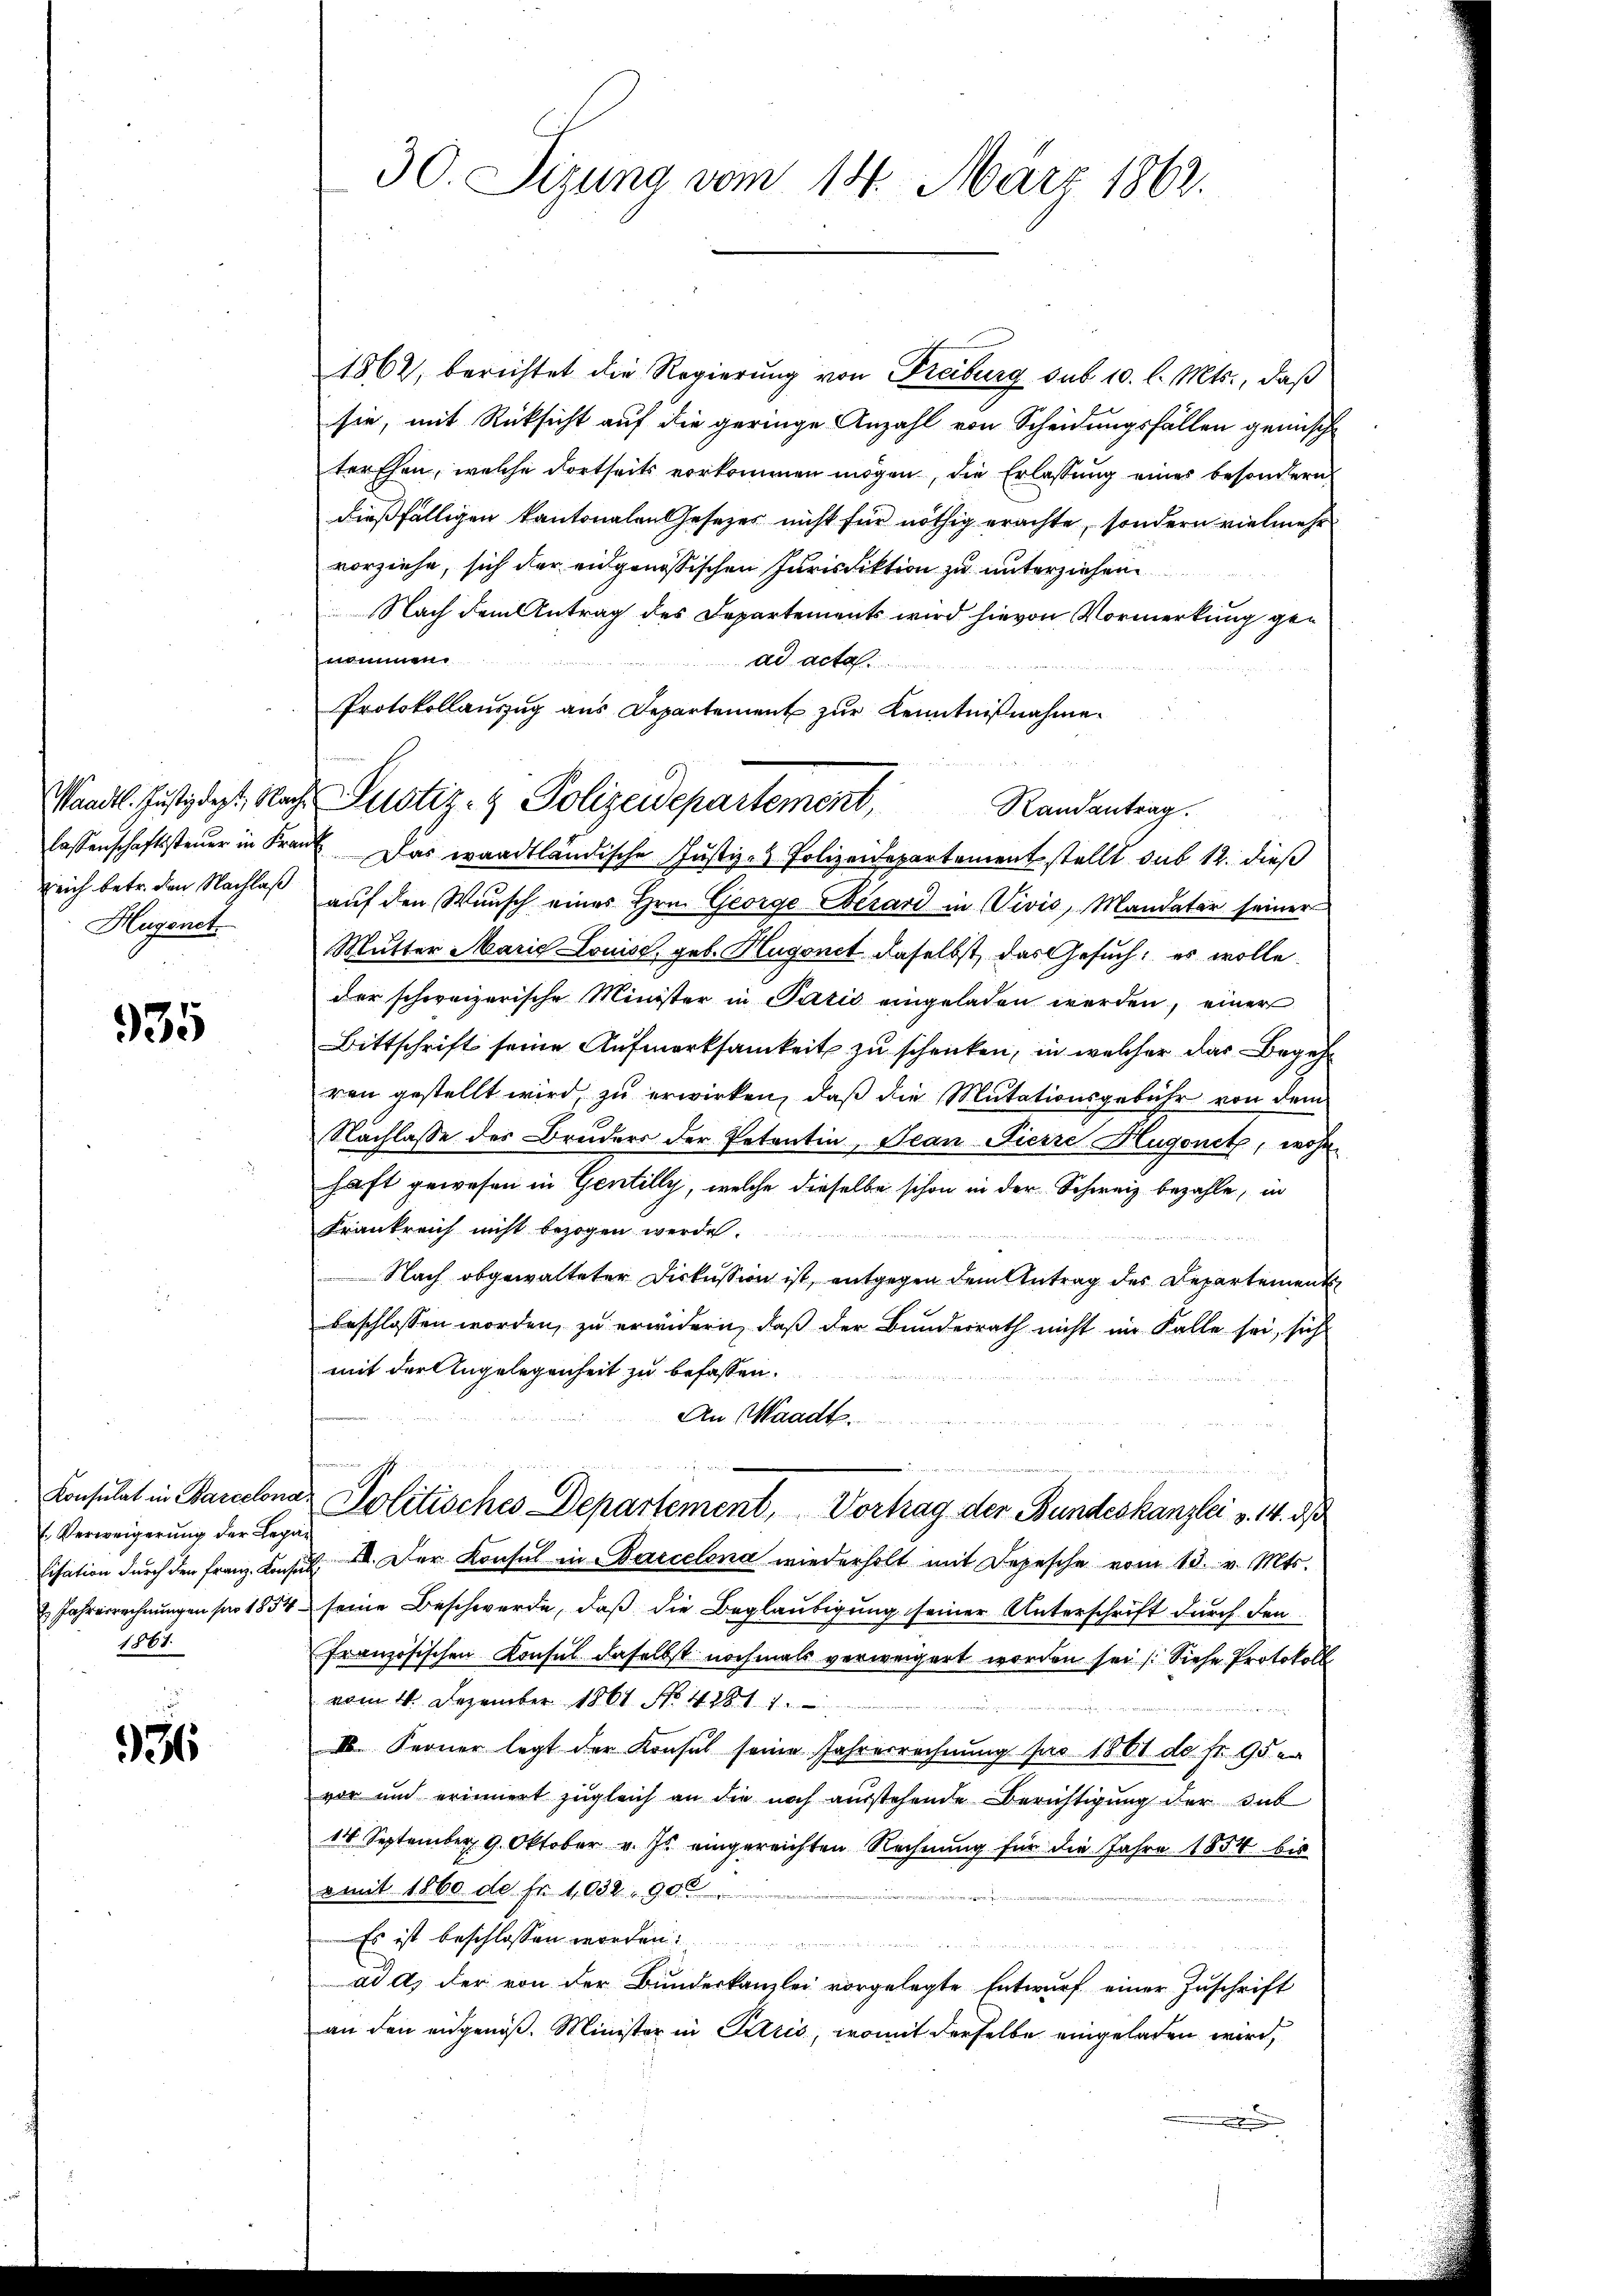
Hugenst

935

Verweigerung der Lega¬
1867.

936

30. Sizung vom 14. März 1862.

1862, berichtet die Regierung von Freiburg sub 10. l. Mts., daß
sie, mit Rücksicht auf die geringe Anzahl von Scheidungsfällen gemische
terthen, welche dortseits vorkommen mögen, die Erlassung eines besondern
dießfälligen kantonalen Gesetzes nicht für nöthig erachte, sondern vielmehr
vorziehe, sich der eidgenössischen Jurisdiktion zu unterziehen
Nach dem Antrag des Departements wird hievon Vormerkung genommen.
ad acta
Protokollauszug aus Departement zur Kenntnißnahme.
Randantrag.
lassenschaftssteŭer in Franz Das waadtländische Justiz- & Polizeidepartement stellt sub 12. dieß
reich betr. den Nachlaß auf den Wunsch eines Hrn. George Besard in Vivis, Mandatar seiner
Mutter Marie Louiss, geb. Hugonet daselbst, das Gesuch, es wolle
der schweizerische Minister in Patić eingeladen werden, einer
Bittschrift seine Aŭfmerksamkeit zu schenken, in welcher das Begehr
ren gestellt wird, zu erwirken, daß die Mutationsgebühr von dem
Nachlasse des Bruders der Petentin, Jean Fierze Hugonetz, wohn
haft gewesen in Gentilly, welche dieselbe schon in der Schweiz bezahle, in
Frankreich nicht bezogen werden.
Nach obgewalteter Diskussion ist, entgegen dem Antrag des Repartement
beschlossen worden, zu erwidern, daß der Bundesrath nicht im Falle sei, sich
mit der Angelegenheit zu befassen.
An Waadt.
t
Konsulat in Barcelonar Politisches Departement, Vortrag der Bundeskanzlei v. 14. ds
Cisation durch den Franz Konsul I. Der Konsul in Barcelona wiederholt mit Depesche vom 13. v. Mts.
2 Jahresrechnungen für 1854 seine Beschwerde, daß die Beglaubigung seiner Unterschrift durch den
Französischen Konsul daselbst nochmals verweigert worden sei (Siehe Protokoll
vom 11. Dezember 1861 No. 4281. 1.
IV. Ferner legt der Konsul seine Jahresrechnung pro 1861 de fr. 95 er
vor und erinnert zugleich an die noch ausstehende Berichtigung der sub
14 September 9. Oktober v. Js. eingereichten Rechnung für die Jahre 1854 bis
emit 1860 der Fr. 1032. 90
Es ist beschlossen worden.
ad d) der von der Bunderkanzlei vorgelegte Entwurf einer Zuschrift
an den angenoß. Minister in Paris, womit derselbe eingeladen wird,
.

Wandl. Justizdept, Nach Pustiz- & Polizeidepartement,